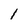
Character: l